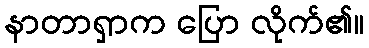
နာတာရှာက ပြော လိုက်၏။